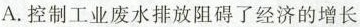
A. 控制工业废水排放阻碍了经济的增长